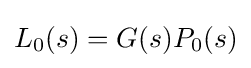
L_{0}(s)=G(s)P_{0}(s)